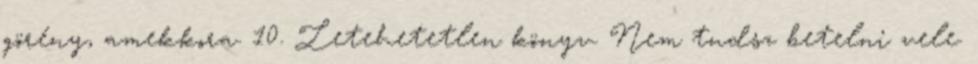
görény, amekkora. 10. Letehetetlen könyv. Nem tudsz betelni vele.